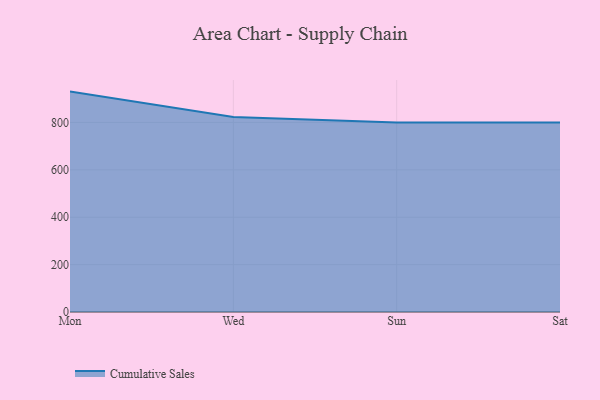
{"axis": {"x": "Day", "y": "Demand Index"}, "legend": ["Cumulative Sales"], "data": [{"x": "Mon", "y": 930.1, "type": "Cumulative Sales"}, {"x": "Wed", "y": 822.7, "type": "Cumulative Sales"}, {"x": "Sun", "y": 800, "type": "Cumulative Sales"}, {"x": "Sat", "y": 800, "type": "Cumulative Sales"}]}